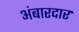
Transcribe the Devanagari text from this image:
अंबारदार